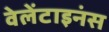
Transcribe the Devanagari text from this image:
वेलेंटाइनंस